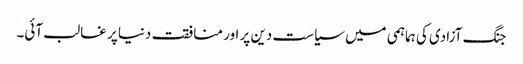
جنگ آزادی کی ہماہمی میں سیاست دین پر اور منافقت دنیا پر غالب آئی۔